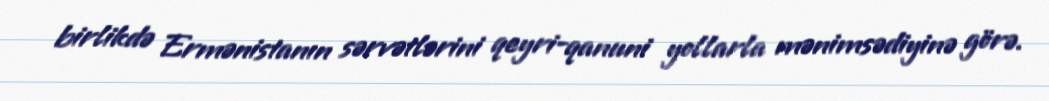
birlikdə Ermənistanın sərvətlərini qeyri-qanuni yollarla mənimsədiyinə görə.